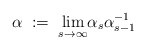
\begin{align*}\alpha \;:= \; \underset{s \to \infty} \lim \alpha_s \alpha_{s-1}^{-1}\end{align*}